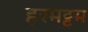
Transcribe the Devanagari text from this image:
हरमट्टम